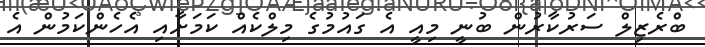
ބްރެޒިލް ސަރުކާރުން ބުނީ މިއީ އެ ގައުމުގެ މިލްކެއް ކަމަށާއި އެހެންކަމުން އެ